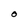
Character: 0